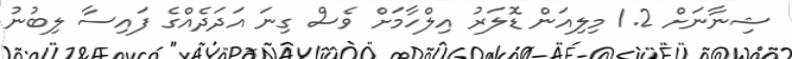
ޝިނާނަށް 1.2 މިލިއަން ޑޮލަރު އިލްހާމަށް ވެސް ގިނަ އަދަދެއްގެ ފައިސާ ލިބުނު